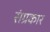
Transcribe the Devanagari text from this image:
संग्रकार